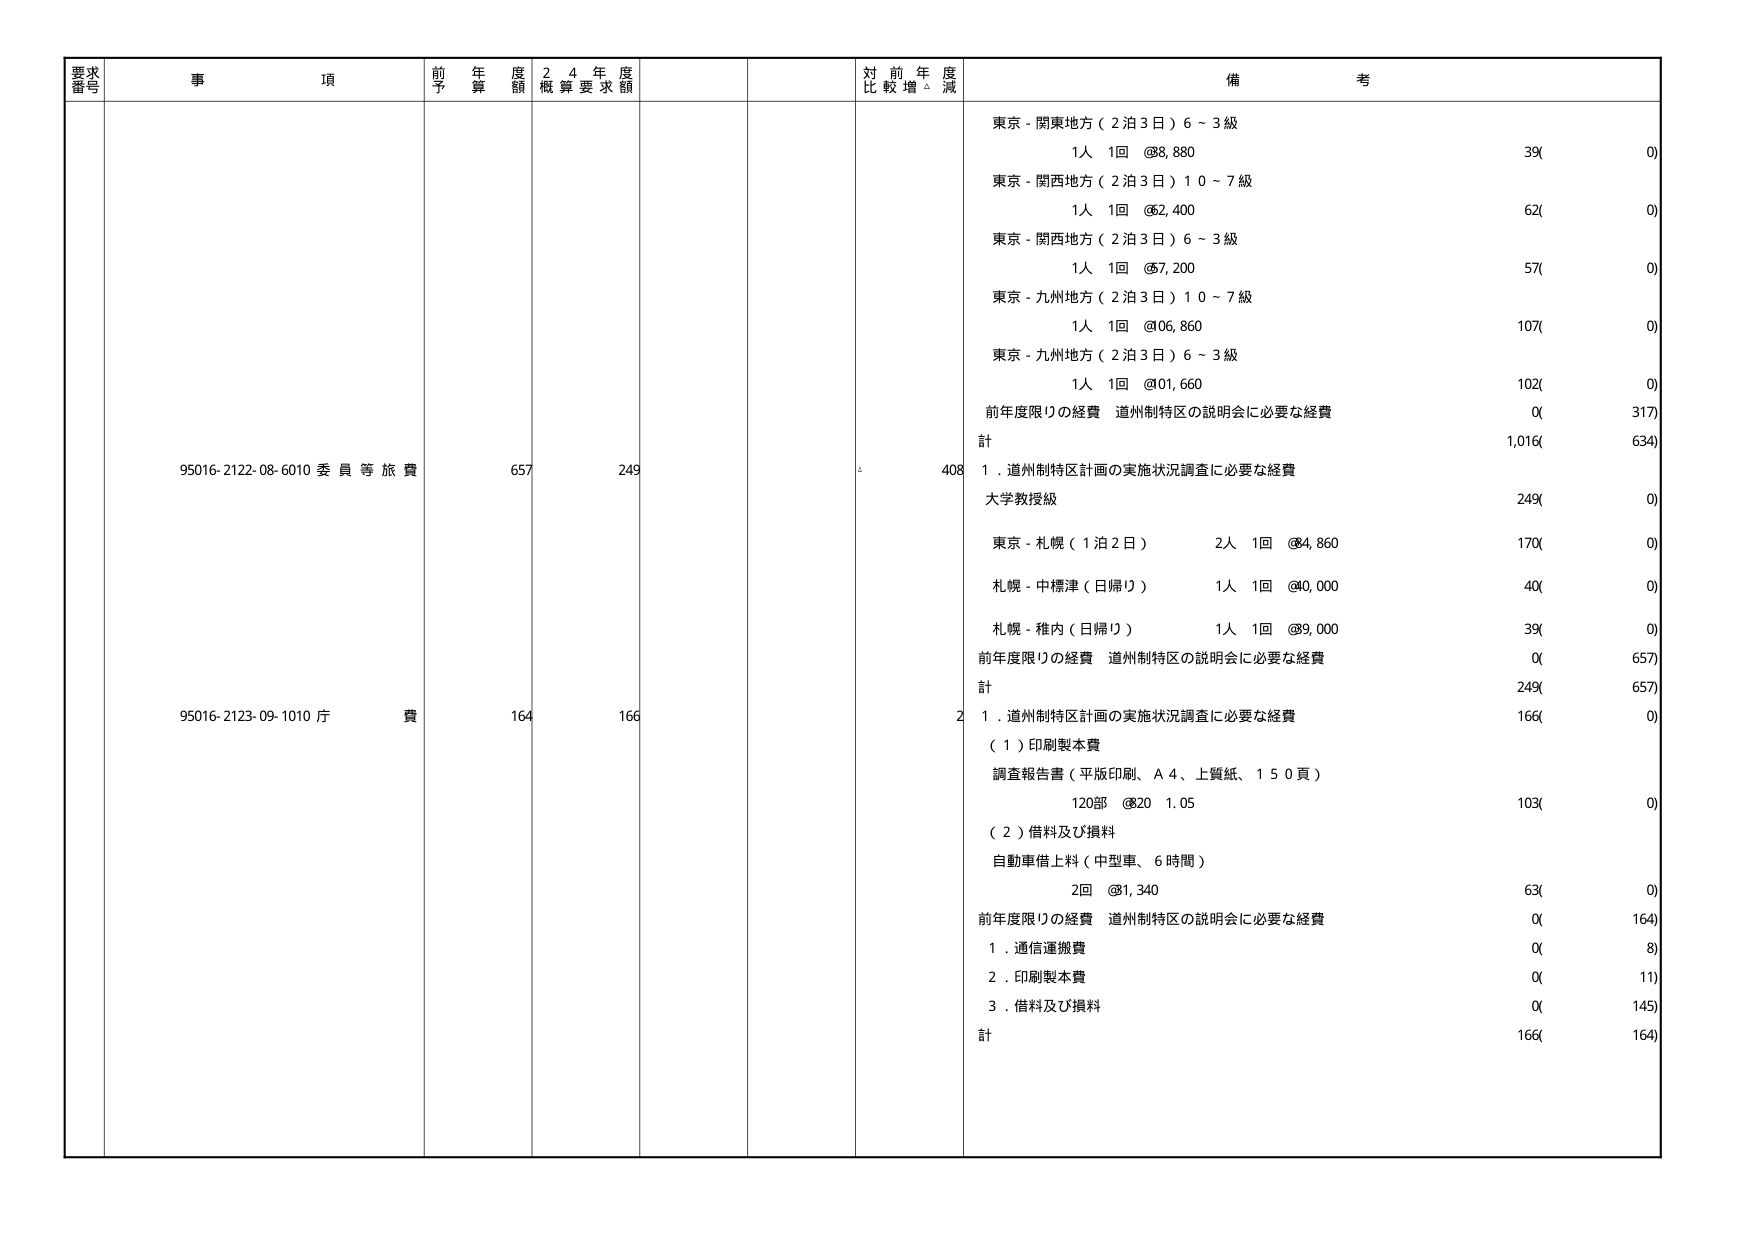
要求番号 事項 前年度予算額 24年度概算要求額 対前年度比較増減 備考
95016-2122-08-6010 委員等旅費 657 249 408 東京-関東地方（2泊3日）6～3級 1人 1回 @8,880 39(0) 東京-関西地方（2泊3日）10～7級 1人 1回 @62,400 62(0) 東京-関西地方（2泊3日）6～3級 1人 1回 @57,200 57(0) 東京-九州地方（2泊3日）10～7級 1人 1回 @06,860 107(0) 東京-九州地方（2泊3日）6～3級 1人 1回 @01,660 102(0) 前年度限りの経費 道州制特区の説明会に必要な経費 0(317) 計 1,016(634) 1．道州制特区計画の実施状況調査に必要な経費 大学教授級 249(0) 東京-札幌（1泊2日） 2人 1回 @84,860 170(0) 札幌-中標津（日帰り） 1人 1回 @40,000 40(0) 札幌-稚内（日帰り） 1人 1回 @89,000 39(0) 前年度限りの経費 道州制特区の説明会に必要な経費 0(657) 計 249(657)
95016-2123-09-1010 庁費 164 166 2 1．道州制特区計画の実施状況調査に必要な経費 （1）印刷製本費 調査報告書（平版印刷、A4、上質紙、150頁） 120部 @20 1.05 103(0) （2）借料及び損料 自動車借上料（中型車、6時間） 2回 @81,340 63(0) 前年度限りの経費 道州制特区の説明会に必要な経費 0(164) 1．通信運搬費 0(8) 2．印刷製本費 0(11) 3．借料及び損料 0(145) 計 166(164)